Insane asylums Bombay 1873-77 - 1873-1877
Year: 1873
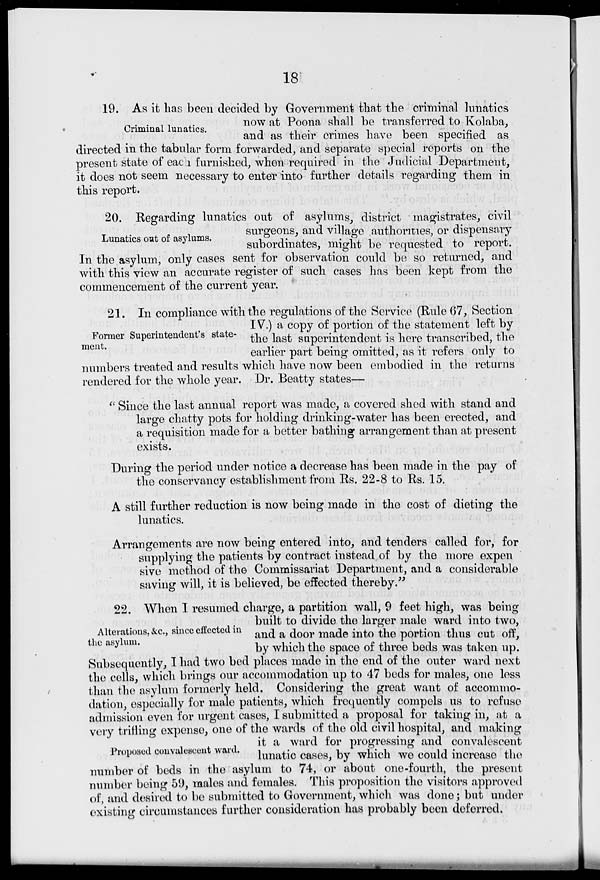
18
Criminal lunatics.
19. As it has been decided by Government that the criminal lunatics
now at Poona shall be transferred to Kolaba,
and as their crimes have been specified as
directed in the tabular form forwarded, and separate special reports on the
present state of each furnished, when required in the Judicial Department,
it does not seem necessary to enter into further details regarding them in
this report.
Lunatics out of asylums.
20. Regarding lunatics out of asylums, district magistrates, civil
surgeons, and village authorities, or dispensary
subordinates, might be requested to report.
In the asylum, only cases sent for observation could be so returned, and
with this view an accurate register of such cases has been kept from the
commencement of the current year.
Former Superintendent's state-
ment.
21. In compliance with the regulations of the Service (Rule 67, Section
IV.) a copy of portion of the statement left by
the last superintendent is here transcribed, the
earlier part being omitted, as it refers only to
numbers treated and results which have now been embodied in the returns
rendered for the whole year. Dr. Beatty states—
" Since the last annual report was made, a covered shed with stand and
large chatty pots for holding drinking-water has been erected, and
a requisition made for a better bathing arrangement than at present
exists.
During the period under notice a decrease has been made in the pay of
the conservancy establishment from Rs. 22-8 to Rs. 15.
A still further reduction is now being made in the cost of dieting the
lunatics.
Arrangements are now being entered into, and tenders called for, for
supplying the patients by contract instead of by the more expen
sive method of the Commissariat Department, and a considerable
saving will, it is believed, be effected thereby."
Alterations, &c., since effected in
the asylum.
22. When I resumed charge, a partition wall, 9 feet high, was being
built to divide the larger male ward into two,
and a door made into the portion thus cut off,
by which the space of three beds was taken up.
Subsequently, I had two bed places made in the end of the outer ward next
the cells, which brings our accommodation up to 47 beds for males, one less
than the asylum formerly held. Considering the great want of accommo-
dation, especially for male patients, which frequently compels us to refuse
admission even for urgent cases, I submitted a proposal for taking in, at a
very trifling expense, one of the wards of the old civil hospital, and making
Proposed convalescent ward.
it a ward for progressing and convalescent
lunatic cases, by which we could increase the
number of beds in the asylum to 74, or about one-fourth, the present
number being 59, males and females. This proposition the visitors approved
of, and desired to be submitted to Government, which was done; but under
existing circumstances further consideration has probably been deferred.